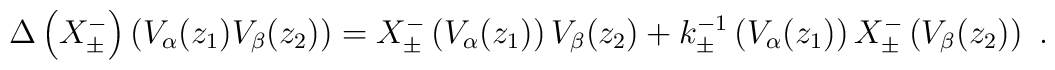
\Delta \left(X^-_\pm\right)\left(V_\alpha(z_1)V_\beta(z_2)\right) =X^-_\pm\left(V_\alpha(z_1)\right)V_\beta(z_2) +k^{-1}_\pm\left(V_\alpha(z_1)\right)X^-_\pm\left(V_\beta(z_2)\right){}~.